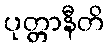
ပုတ္တာနီတိ